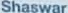
Shaswar